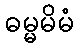
ဓမ္မမိမံ